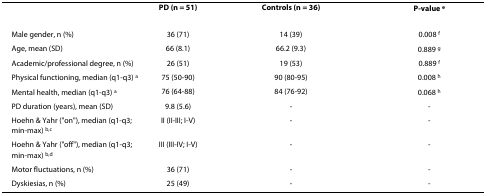
|  | PD (n = 51) | Controls (n = 36) | P-value e |
 | --- | --- | --- | --- |
 | Male gender, n (%) | 36 (71) | 14 (39) | 0.008 f |
 | Age, mean (SD) | 66 (8.1) | 66.2 (9.3) | 0.889 g |
 | Academic/professional degree, n (%) | 26 (51) | 19 (53) | 0.889 f |
 | Physical functioning, median (q1-q3) a | 75 (50-90) | 90 (80-95) | 0.008 h |
 | Mental health, median (q1-q3) a | 76 (64-88) | 84 (76-92) | 0.068 h |
 | PD duration (years), mean (SD) | 9.8 (5.6) | - | - |
 | Hoehn & Yahr ("on"), median (q1-q3; min-max) b,c | II (II-III; I-V) | - | - |
 | Hoehn & Yahr ("off"), median (q1-q3; min-max) b,d | III (III-IV; I-V) | - | - |
 | Motor fluctuations, n (%) | 36 (71) | - | - |
 | Dyskiesias, n (%) | 25 (49) | - | - |